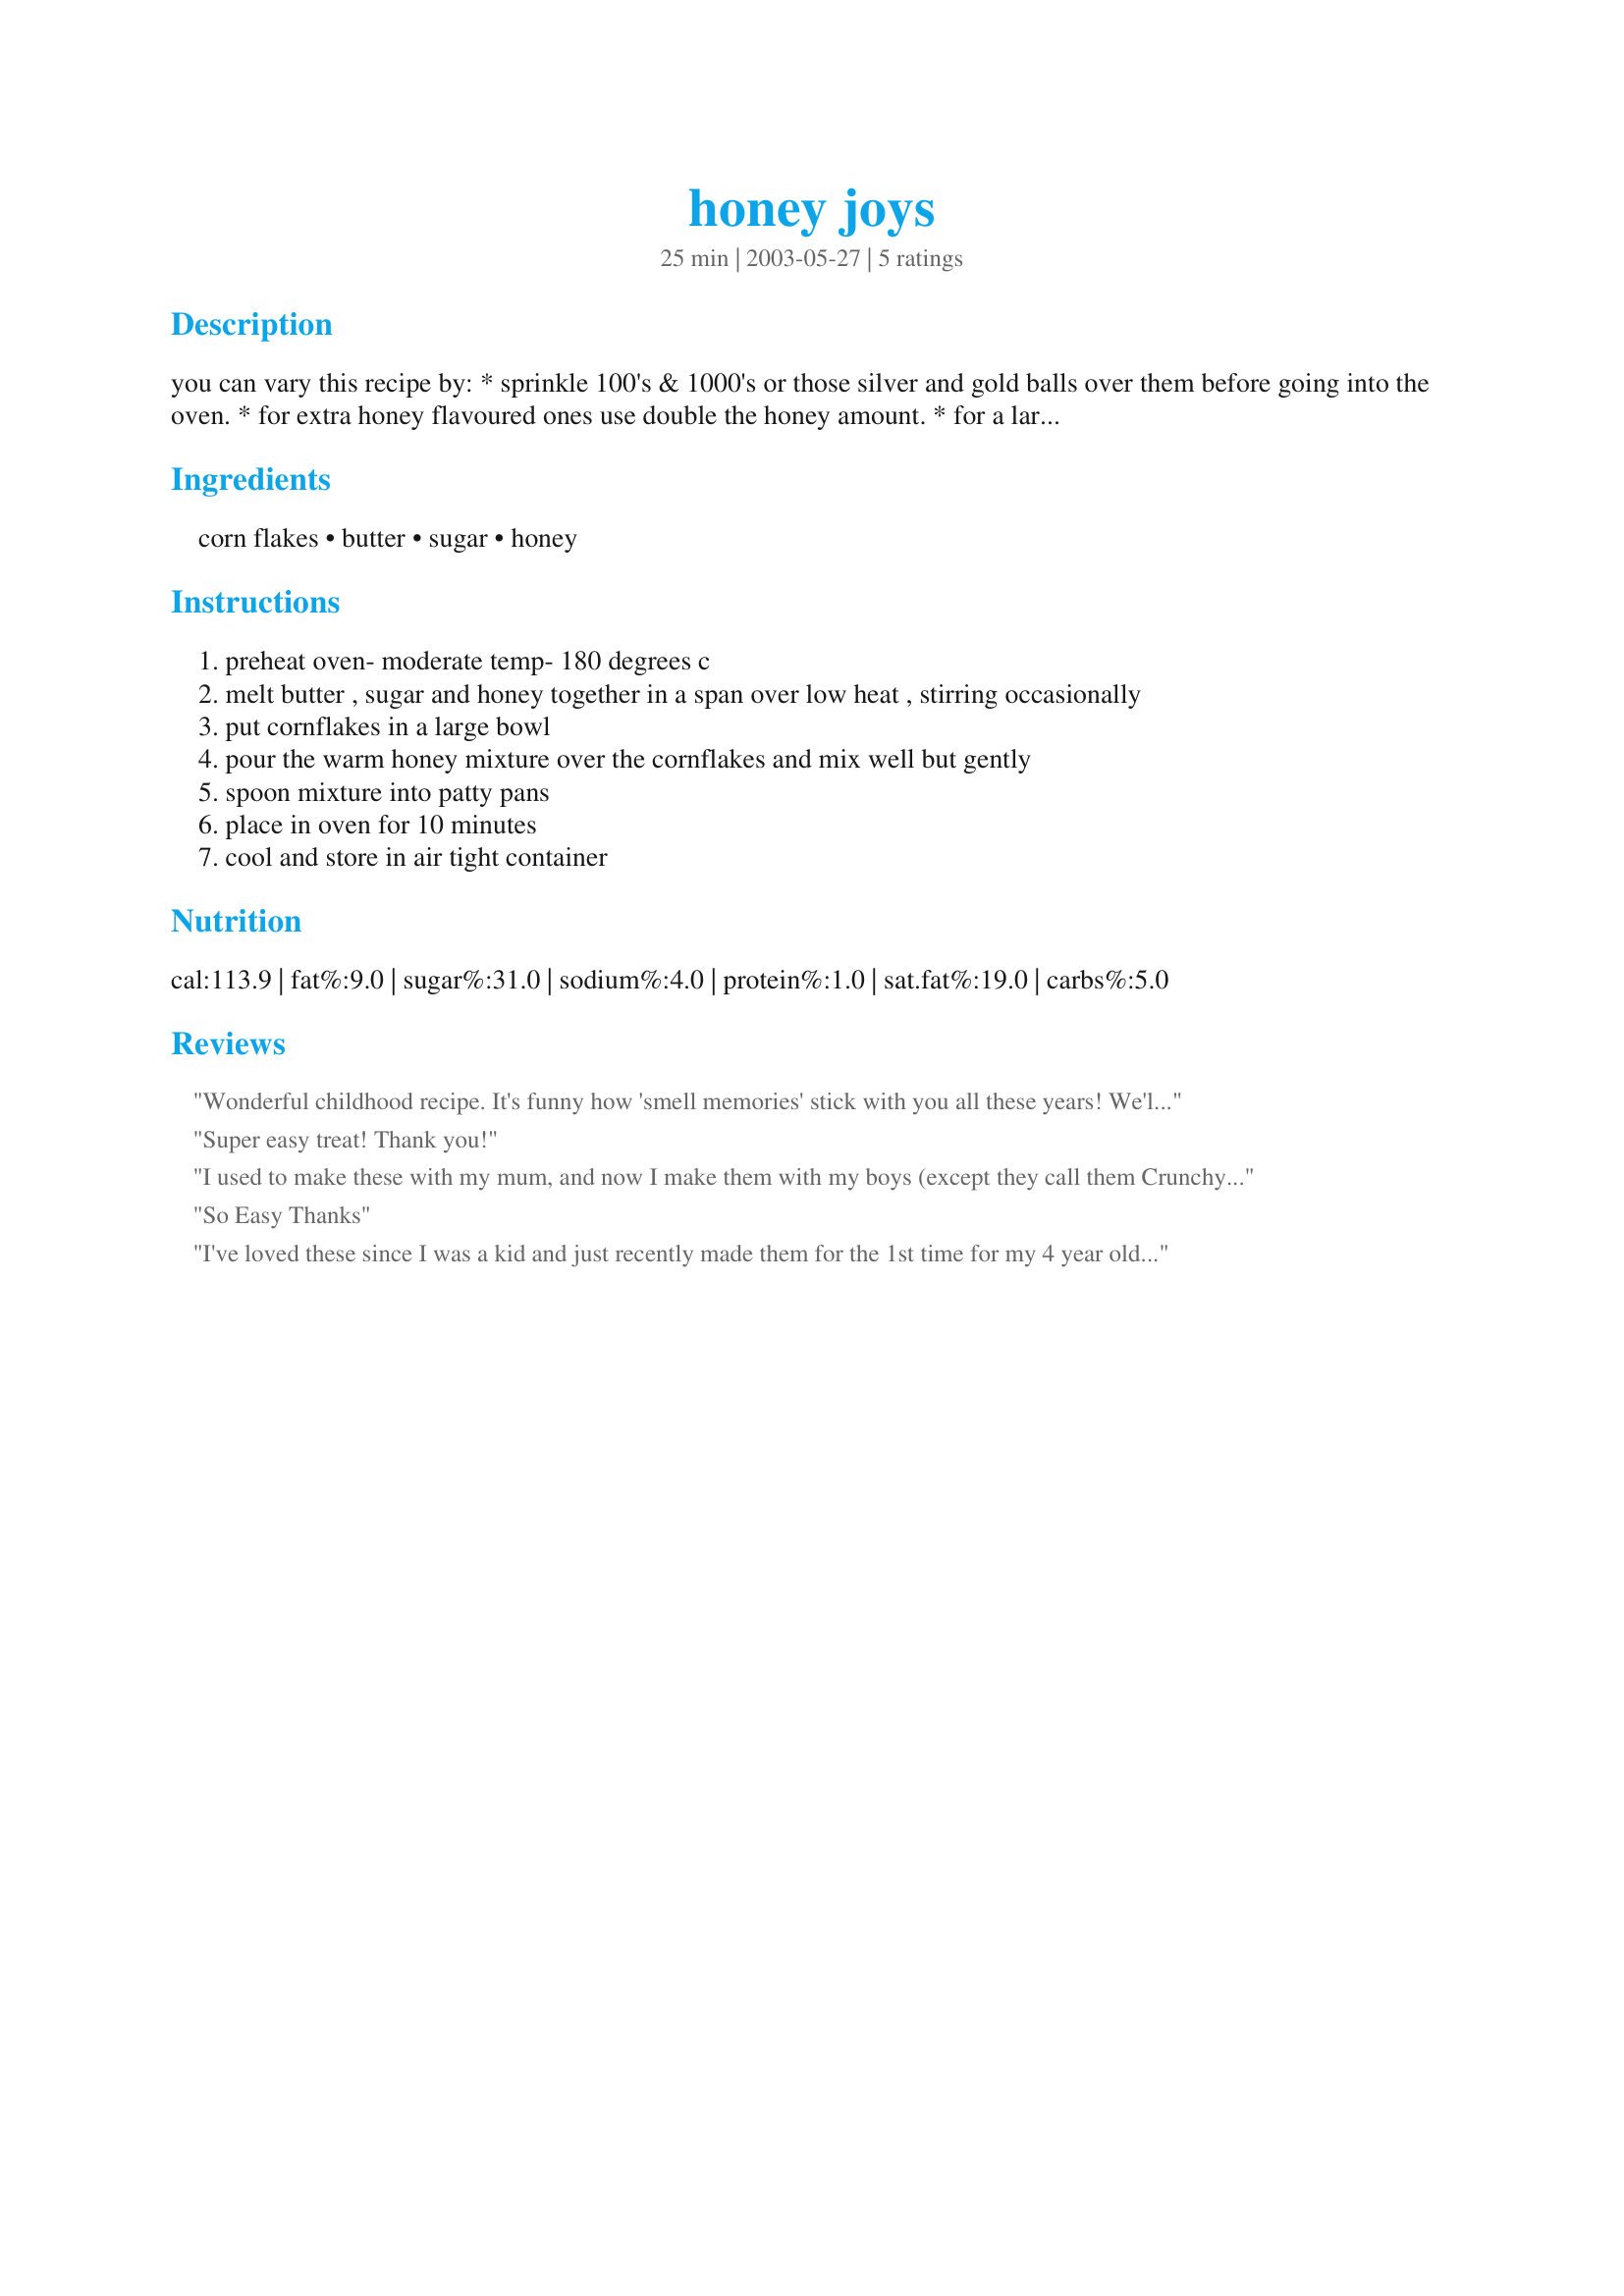
honey joys
Preparation time: 25 minutes

you can vary this recipe by: * sprinkle 100's & 1000's or those silver and gold balls over them before going into the oven. * for extra honey flavoured ones use double the honey amount. * for a large amount- double the recipe straightaway. * use muffin pattypans instead of little bitty cake pattypans. kids love these things at birthday parties.

Ingredients:
corn flakes, butter, sugar, honey

Steps:
preheat oven- moderate temp- 180 degrees c
melt butter , sugar and honey together in a span over low heat , stirring occasionally
put cornflakes in a large bowl
pour the warm honey mixture over the cornflakes and mix well but gently
spoon mixture into patty pans
place in oven for 10 minutes
cool and store in air tight container

Reviews:
Wonderful childhood recipe.
It's funny how 'smell memories' stick with you all these years!
We'll be making these with our own kids one day, I'm sure.
Super easy treat! Thank you!
I used to make these with my mum, and now I make them with my boys (except they call them Crunchy Munchy Honey Cakes like the Wiggles song!). Thanks for posting, I'd lost my recipe and can never remember the quantities.
So Easy Thanks
I've loved these since I was a kid and just recently made them for the 1st time for my 4 year old DD...now she loves them too...a classic recipe!
